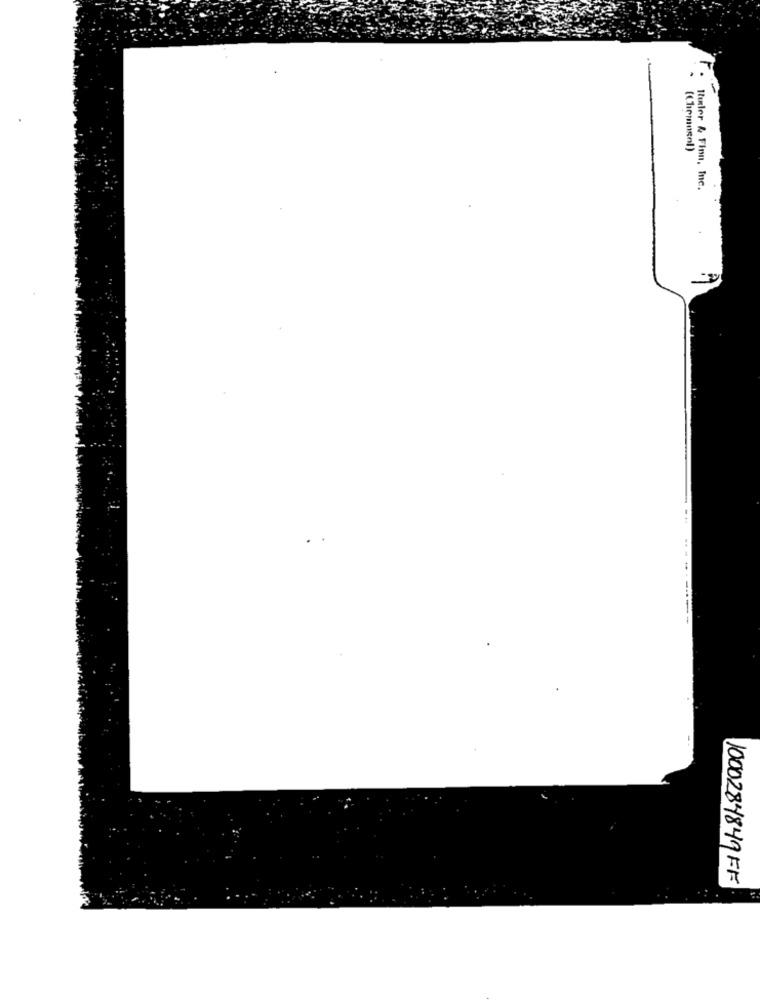
(Chemosnl)
Ruder & Finn, Inc.
...
--------
1000284849FF